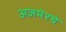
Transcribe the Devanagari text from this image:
अजमेरचे